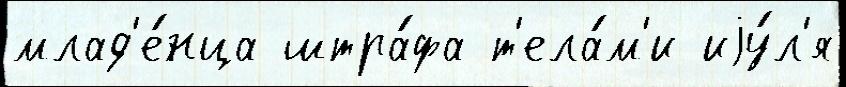
млад'е́нца штра́фа т'ела́м'и иjу́л'я